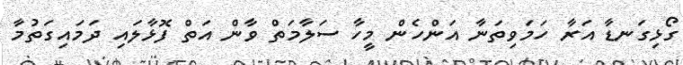
ގޯޅިގަނޑާ އަރާ ހަމަވިތަނާ އަންހެން މީހާ ސަލާމަތް ވާން އަތް ފޮޅާލައި ދަމައިގަތުމާ